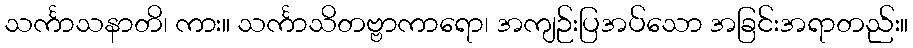
သင်္ကာသနာတိ၊ ကား။ သင်္ကာသိတဗ္ဗာကာရော၊ အကျဉ်းပြအပ်သော အခြင်းအရာတည်း။